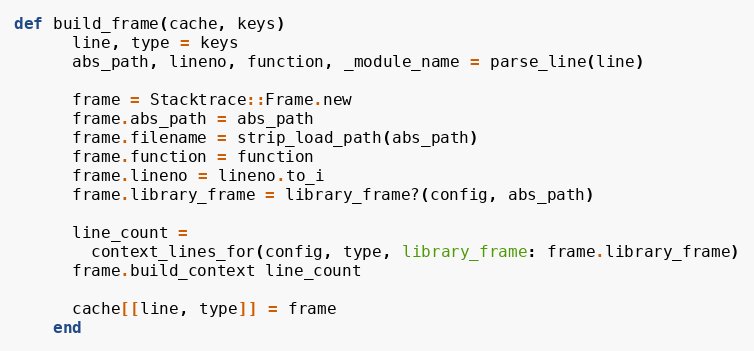
Language: Ruby
def build_frame(cache, keys)
      line, type = keys
      abs_path, lineno, function, _module_name = parse_line(line)

      frame = Stacktrace::Frame.new
      frame.abs_path = abs_path
      frame.filename = strip_load_path(abs_path)
      frame.function = function
      frame.lineno = lineno.to_i
      frame.library_frame = library_frame?(config, abs_path)

      line_count =
        context_lines_for(config, type, library_frame: frame.library_frame)
      frame.build_context line_count

      cache[[line, type]] = frame
    end